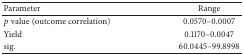
<table><thead><tr><td><b>Parameter</b></td><td><b>Range</b></td></tr></thead><tbody><tr><td><i>p</i> value (outcome correlation)</td><td>0.0570–0.0007</td></tr><tr><td>Yield</td><td>0.1170–0.0047</td></tr><tr><td>sig. </td><td>60.0445–99.8998</td></tr></tbody></table>